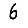
Digit: 6